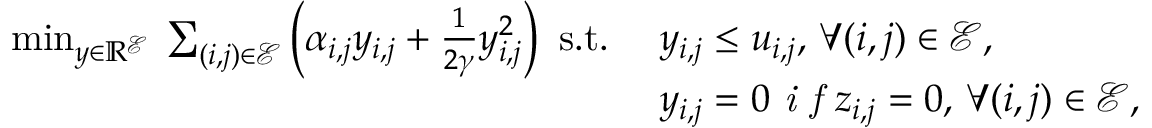
\begin{array} { r l } { \operatorname* { m i n } _ { \boldsymbol { y } \in \mathbb { R } ^ { \mathcal { E } } } \: \sum _ { { ( i , j ) } \in \mathcal { E } } \left( \alpha _ { i , j } y _ { i , j } + \frac { 1 } { 2 \gamma } { y } _ { i , j } ^ { 2 } \right) \mathrm { ~ s . t . ~ } } & { y _ { i , j } \leq u _ { i , j } , \, \forall ( i , j ) \in \mathcal { E } , } \\ & { y _ { i , j } = 0 \textit { i f } z _ { i , j } = 0 , \, \forall ( i , j ) \in \mathcal { E } , } \end{array}